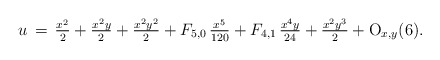
\begin{align*}u\,=\,\tfrac{x^2}{2}+\tfrac{x^2y}{2}+\tfrac{x^2y^2}{2}+F_{5,0}\,\tfrac{x^5}{120}+F_{4,1}\,\tfrac{x^4y}{24}+\tfrac{x^2y^3}{2}+{\rm O}_{x,y}(6).\end{align*}